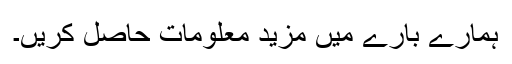
ہمارے بارے میں مزید معلومات حاصل کریں۔